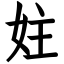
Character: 妵